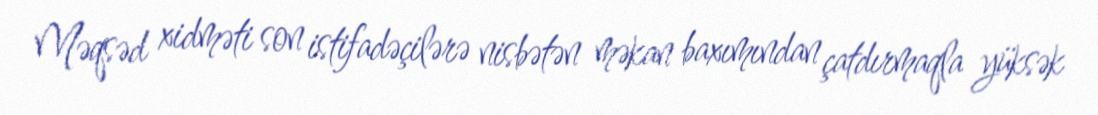
Məqsəd xidməti son istifadəçilərə nisbətən məkan baxımından çatdırmaqla yüksək